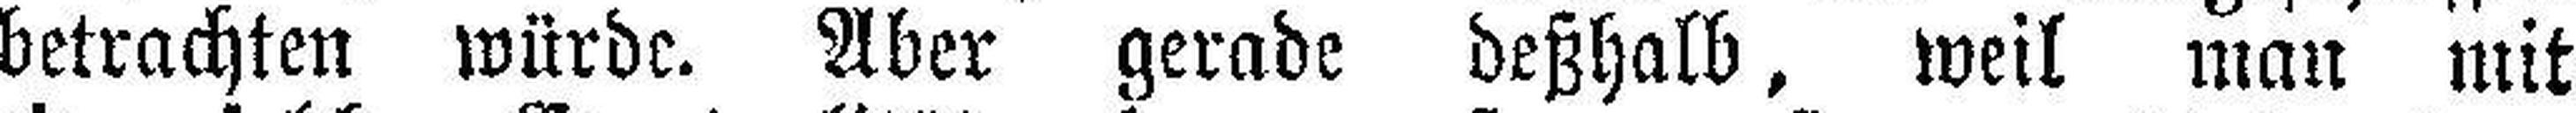
betrachten würde. Aber gerade deßhalb, weil man mit